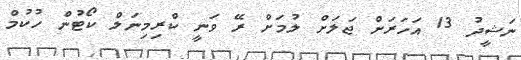
ނަޝީދު 13 އަހަރަށް ޖަލަށް ލުމަށް ރޭ ވަނީ ކްރިމިނަލް ކޯޓުން ހުކުމް